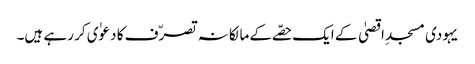
یہودی مسجدِ اقصیٰ کے ایک حصّے کے مالکانہ تصرّف کا دعوٰی کر رہے ہیں۔